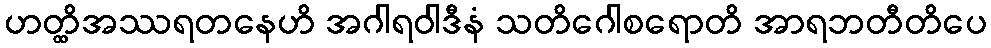
ဟတ္ထိအဿရတနေဟိ အဂါရဝါဒီနံ သတိဂေါစရောတိ အာရဘတီတိပေ